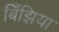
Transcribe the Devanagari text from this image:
बिँझिया